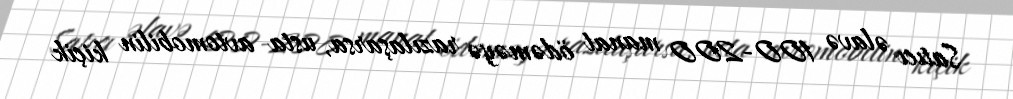
Satıcı əlavə 100-200 manat ödəməyə razılaşarsa, usta avtomobilin kiçik